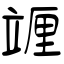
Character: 竰